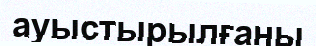
ауыстырылғаны